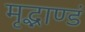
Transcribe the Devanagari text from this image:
मृद्भाण्डं